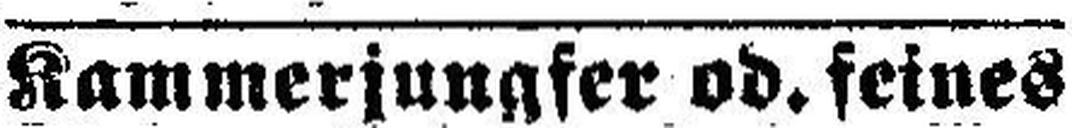
Kammerjungfer od. feines